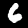
Label: 6